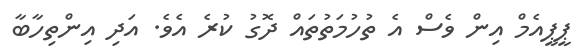
ޕީޕީއެމް އިން ވެސް އެ ތުހުމަތުތައް ދޮގު ކުރެ އެވެ. އަދި އިންތިހާބާ